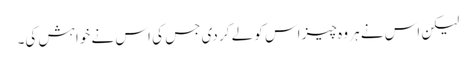
لیکن اس نے ہر وہ چیز اس کو لے کر دی جس کی اس نے خواہش کی۔